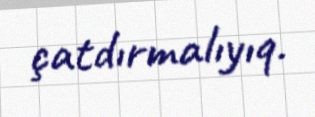
çatdırmalıyıq.